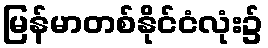
မြန်မာတစ်နိုင်ငံလုံး၌